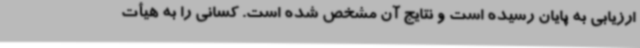
ارزیابی به پایان رسیده است و نتایج آن مشخص شده است. کسانی را به هیأت